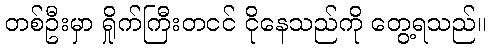
တစ်ဦးမှာ ရှိုက်ကြီးတငင် ငိုနေသည်ကို တွေ့ရသည်။